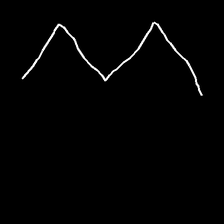
Glyph: crush